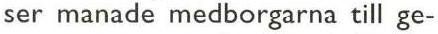
ser manade medborgarna till ge-